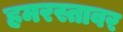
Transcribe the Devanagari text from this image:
हमरस्तावर